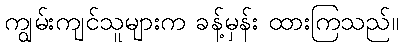
ကျွမ်းကျင်သူများက ခန့်မှန်း ထားကြသည်။